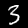
Label: 3